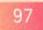
97